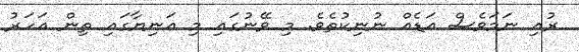
ރުއި ނަމަވެސް އަޑެއް ނުނިކުތެވެ. މި ވޭނުގައި މި އަނިޔާގައި ތިން އަހަރު